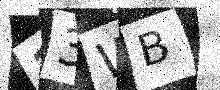
Text: 23WB